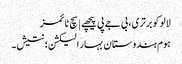
لالو کو برتری، بی جے پی پیچھے | سچ ٹائمز
ہوم ہندوستان بہار الیکشن؛ نتیش۔